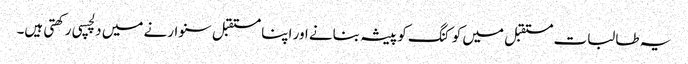
یہ طالبات مستقبل میں کوکنگ کو پیشہ بنانے اور اپنا مستقبل سنوارنے میں دلچسپی رکھتی ہیں۔